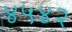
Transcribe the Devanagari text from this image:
४५४२